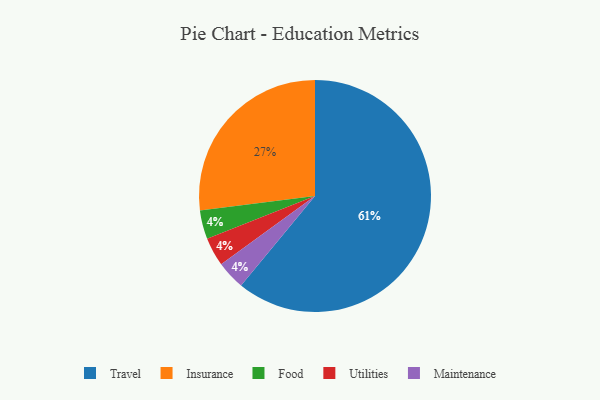
{"axis": {"x": "Category", "y": "Percentage"}, "legend": ["Food", "Insurance", "Maintenance", "Travel", "Utilities"], "data": [{"x": "Food", "y": 4, "type": "Food"}, {"x": "Travel", "y": 61, "type": "Travel"}, {"x": "Utilities", "y": 4, "type": "Utilities"}, {"x": "Insurance", "y": 27, "type": "Insurance"}, {"x": "Maintenance", "y": 4, "type": "Maintenance"}]}